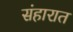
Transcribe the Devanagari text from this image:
संहारात